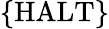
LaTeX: \{ {\mathrm{HALT}}\}